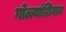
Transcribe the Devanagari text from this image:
गोळ्यांशिवाय